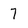
Character: 7